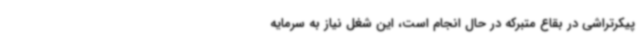
پیکرتراشی در بقاع متبرکه در حال انجام است، این شغل نیاز به سرمایه